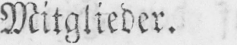
Mitglieder.